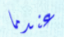
عندما